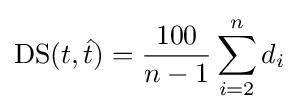
\operatorname {DS} (t,{\hat {t}})={\frac {100}{n-1}}\sum _{i=2}^{n}d_{i}